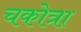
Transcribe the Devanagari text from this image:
चकोत्रा